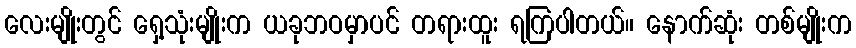
လေးမျိုးတွင် ရှေ့သုံးမျိုးက ယခုဘဝမှာပင် တရားထူး ရကြပါတယ်။ နောက်ဆုံး တစ်မျိုးက